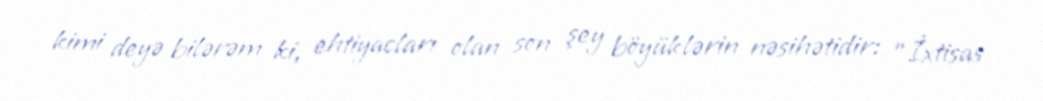
kimi deyə bilərəm ki, ehtiyacları olan son şey böyüklərin nəsihətidir: "İxtisas